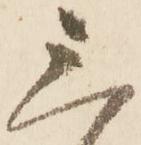
三